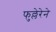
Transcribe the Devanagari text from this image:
फुल्लेरेने